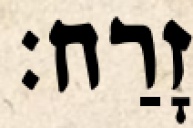
זָרַח׃